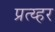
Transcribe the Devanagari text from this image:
प्रत्य्हर